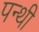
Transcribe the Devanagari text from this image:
पन्थी